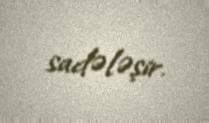
sadələşir.